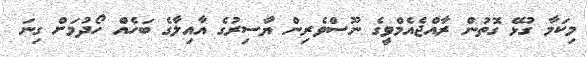
މިކަމާ ގުޅޭ ގޮތުން ރާއްޖެއެމްވީގެ ނޫސްވެރިން ޔާސިރުގެ އާއިލާގެ ބަހެއް ހޯދުމަށް ގިނަ